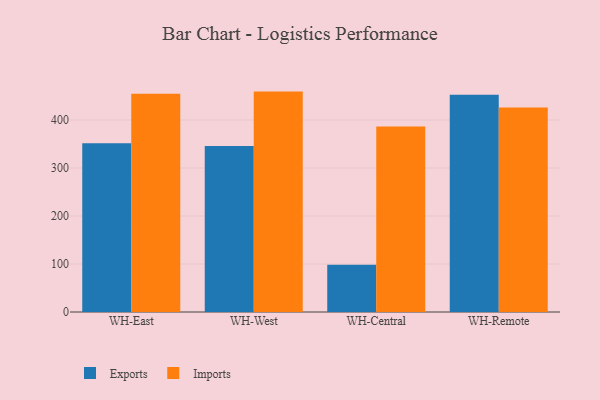
{"axis": {"x": "Warehouse", "y": "Churn Rate (%)"}, "legend": ["Exports", "Imports"], "data": [{"x": "WH-East", "y": 351.5, "type": "Exports"}, {"x": "WH-East", "y": 454.7, "type": "Imports"}, {"x": "WH-West", "y": 345.7, "type": "Exports"}, {"x": "WH-West", "y": 459.2, "type": "Imports"}, {"x": "WH-Central", "y": 98.6, "type": "Exports"}, {"x": "WH-Central", "y": 386.4, "type": "Imports"}, {"x": "WH-Remote", "y": 452.6, "type": "Exports"}, {"x": "WH-Remote", "y": 426.1, "type": "Imports"}]}